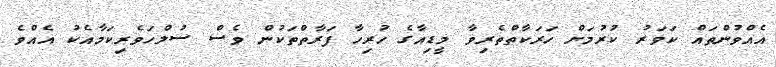
އެއްވުންތައް ކަވަރު ކުރުމަށް ހަރަކާތްތެރިވާ މީޑިއާގެ ހުރިހާ ފަރާތްތަކުން ވެސް ސުލްހަވެރިކަމާއެކު އެއްވެ